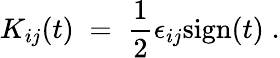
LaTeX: K_{ij}(t)\; =\; \frac{1}{2}\epsilon_{ij}\mathrm{sign}(t)\; .